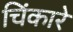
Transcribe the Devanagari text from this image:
चिंकारे